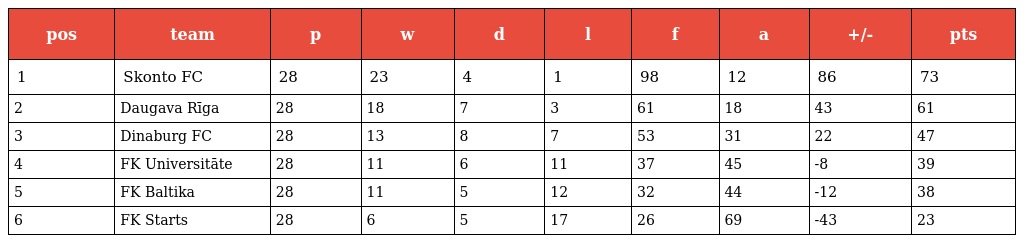
| pos | team | p | w | d | l | f | a | +/- | pts |
 | --- | --- | --- | --- | --- | --- | --- | --- | --- | --- |
 | 1 | Skonto FC | 28 | 23 | 4 | 1 | 98 | 12 | 86 | 73 |
 | 2 | Daugava Rīga | 28 | 18 | 7 | 3 | 61 | 18 | 43 | 61 |
 | 3 | Dinaburg FC | 28 | 13 | 8 | 7 | 53 | 31 | 22 | 47 |
 | 4 | FK Universitāte | 28 | 11 | 6 | 11 | 37 | 45 | -8 | 39 |
 | 5 | FK Baltika | 28 | 11 | 5 | 12 | 32 | 44 | -12 | 38 |
 | 6 | FK Starts | 28 | 6 | 5 | 17 | 26 | 69 | -43 | 23 |